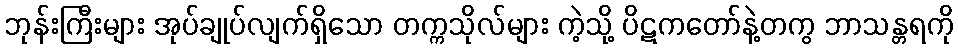
ဘုန်းကြီးများ အုပ်ချုပ်လျက်ရှိသော တက္ကသိုလ်များ ကဲ့သို့ ပိဋကတော်နဲ့တကွ ဘာသန္တရကို